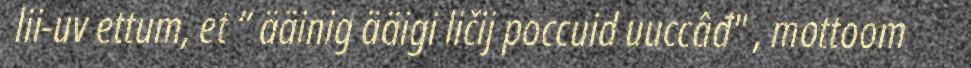
lii-uv ettum, et “ ääinig ääigi ličij poccuid uuccâđ" , mottoom